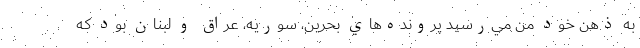
به ذهن خود من مي‌رسيد پرونده‌هاي بحرين، سوريه، عراق و لبنان بود كه